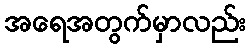
အရေအတွက်မှာလည်း